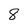
Character: 8